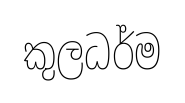
කුලධර්ම